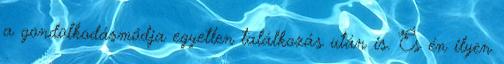
a gondolkodásmódja egyetlen találkozás után is. És én ilyen